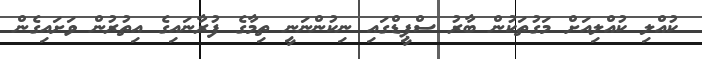
ކުއްލި ކުއްލިއަށް މަގުތަކުން ބާރު ސްޕީޑްގައި ނިކުންނަނީ ތިމާގެ ފުރާނައިގެ އިތުރުން ވަށައިގެން